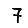
Digit: 7